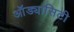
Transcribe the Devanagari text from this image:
ऑड्यासिटी